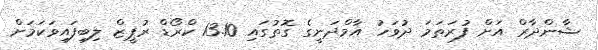
ޝާންދާރް އަށް ފުރަތަމަ ދުވަހު އާމްދަނީގެ ގޮތުގައި 13.10 ކްރޯޑް ރުޕީޒް ލިބިފައިވަކަމަށް